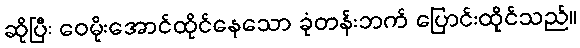
ဆိုပြီး ဝေမိုးအောင်ထိုင်နေသော ခုံတန်းဘက် ပြောင်းထိုင်သည်။